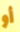
أو